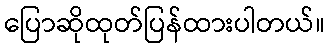
ပြောဆိုထုတ်ပြန်ထားပါတယ်။